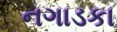
નગાડકા